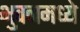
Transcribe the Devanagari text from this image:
भुवनमध्ये